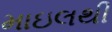
માઇલથી